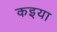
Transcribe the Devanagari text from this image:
कइया